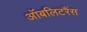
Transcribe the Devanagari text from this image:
ऑबलिटरैंस